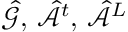
\hat { \mathcal { G } } , \, \hat { \mathcal { A } } ^ { t } , \, \hat { \mathcal { A } } ^ { L }